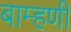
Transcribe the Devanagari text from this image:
बाम्हणी